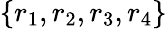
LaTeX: \{ r_{1},r_{2},r_{3},r_{4}\}